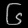
Digit: ၆